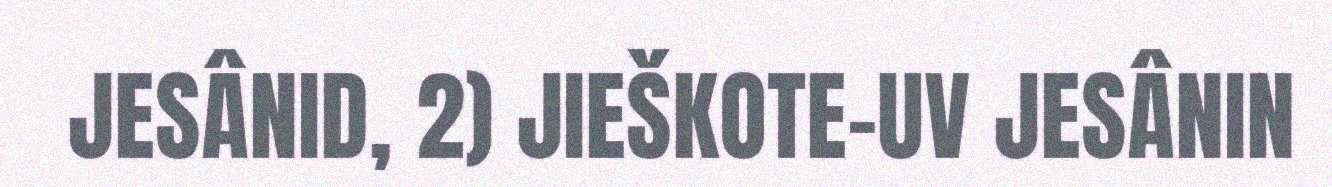
JESÂNID, 2) JIEŠKOTE-UV JESÂNIN